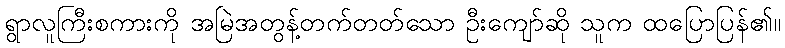
ရွာလူကြီးစကားကို အမြဲအတွန့်တက်တတ်သော ဦးကျော်ဆို သူက ထပြောပြန်၏။